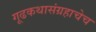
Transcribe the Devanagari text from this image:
गूढकथासंग्रहाचेच